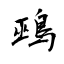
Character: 鵐